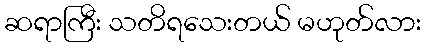
ဆရာကြီး သတိရသေးတယ် မဟုတ်လား